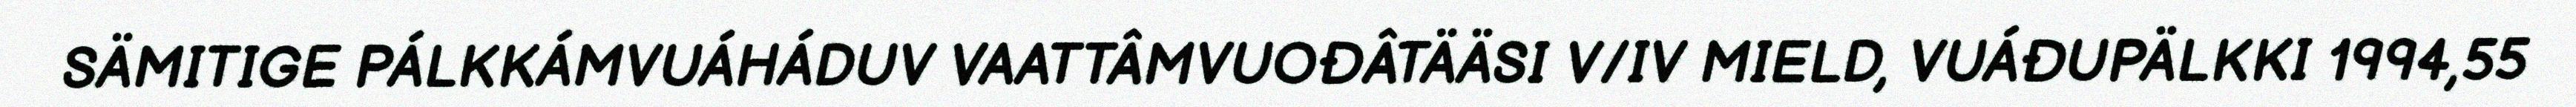
SÄMITIGE PÁLKKÁMVUÁHÁDUV VAATTÂMVUOĐÂTÄÄSI V/IV MIELD, VUÁĐUPÄLKKI 1994,55